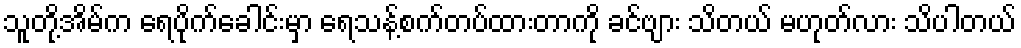
သူတို့အိမ်က ရေပိုက်ခေါင်းမှာ ရေသန့်စက်တပ်ထားတာကို ခင်ဗျား သိတယ် မဟုတ်လား သိပါတယ်